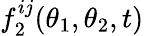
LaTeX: f_{2}^{ij}(\theta_{1},\theta_{2},t)